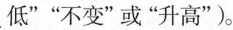
低””不变”或”升高”)。